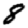
Digit: 8